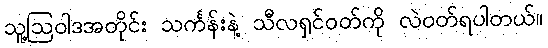
သူ့ဩဝါဒအတိုင်း သင်္ကန်းနဲ့ သီလရှင်ဝတ်ကို လဲဝတ်ရပါတယ်။